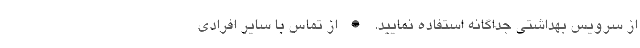
از سرویس بهداشتی جداگانه استفاده نمایید. • از تماس با سایر افرادی